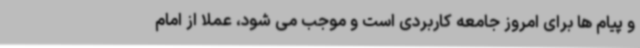
و پیام ها برای امروز جامعه کاربردی است و موجب می شود، عملا از امام